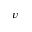
v